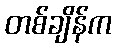
တစ်ချိန်က